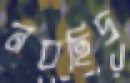
নবছিদ্র